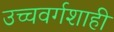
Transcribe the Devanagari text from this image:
उच्चवर्गशाही